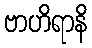
ဗာဟိရာနိ